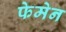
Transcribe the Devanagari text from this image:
फेमेन